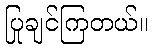
ပြုချင်ကြတယ်။